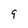
Character: 9